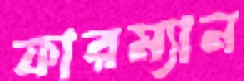
ফারম্যান